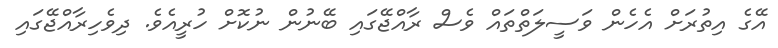
އޭގެ އިތުރަށް އެހެން ވަސީލަތްތައް ވެސް ރާއްޖޭގައި ބޭނުން ނުކޮށް ހުރީއެވެ. ދިވެހިރާއްޖޭގައި